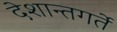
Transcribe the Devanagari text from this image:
देशान्तगर्ते